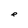
Character: e